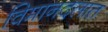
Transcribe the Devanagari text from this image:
विमानदलात